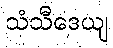
သံသီဒေယျ